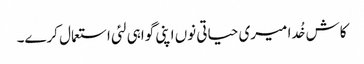
کاش خُدا میری حیاتی نوں اپنی گواہی لئی استعمال کرے۔